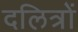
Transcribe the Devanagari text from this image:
दलित्रों